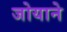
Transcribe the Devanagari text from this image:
जोयाने